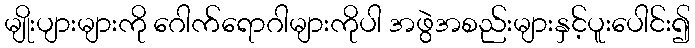
မျိုးပျားများကို ဂေါက်ရောဂါများကိုပါ အဖွဲအစည်းများနှင့်ပူးပေါင်း၍